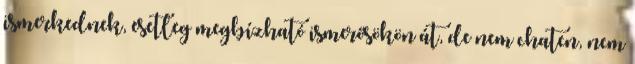
ismerkednek, esetleg megbízható ismerősökön át, de nem chaten, nem